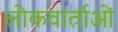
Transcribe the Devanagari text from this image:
लोकवार्ताओं